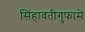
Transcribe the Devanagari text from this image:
सिंहावतीगुफामें